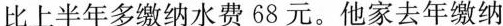
比上半年多缴纳水费68元。他家去年缴纳